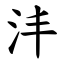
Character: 沣